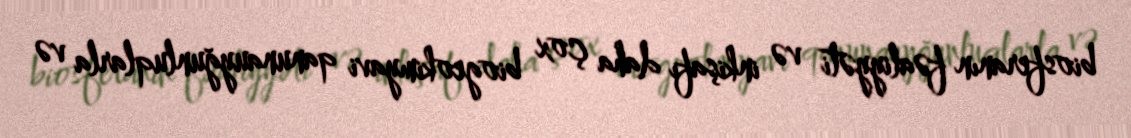
biosferanın fəaliyyəti və inkişafı daha çox biogeokimyavi qanunauyğunluqlarla və